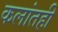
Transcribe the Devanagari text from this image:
कलांतही